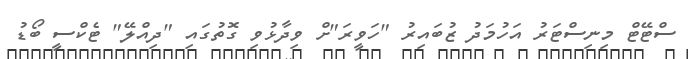
ސްޓޭޓް މިނިސްޓަރު އަހުމަދު ޒުބައިރު "ހަވީރަ"ށް ވިދާޅުވި ގޮތުގައި "ދިއްލޭ" ޓެކްސީ ބޯޑު